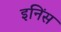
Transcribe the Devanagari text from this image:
इनिंस